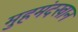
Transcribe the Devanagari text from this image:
मुहमंदखान